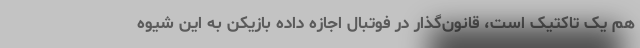
هم یک تاکتیک است، قانون‌گذار در فوتبال اجازه داده بازیکن به این شیوه